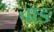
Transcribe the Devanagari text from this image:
चाङ